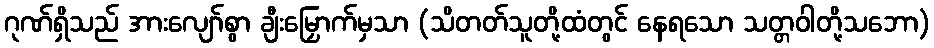
ဂုဏ်ရှိသည် အားလျော်စွာ ချီးမြှောက်မှသာ (သိတတ်သူတို့ထံတွင် နေရသော သတ္တဝါတို့သဘော)